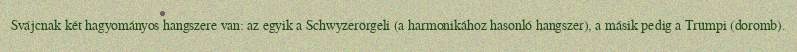
Svájcnak két hagyományos hangszere van: az egyik a Schwyzerörgeli (a harmonikához hasonló hangszer), a másik pedig a Trümpi (doromb).